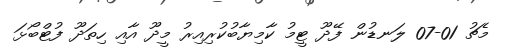
މެޗު 01-07 ލަނޑުން ފޭދޫ ޓީމު ކާމިޔާބުކުރިއިރު މީދޫ އާއި ހިތަދޫ ފުޓްބޯޅަ